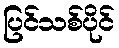
ပြင်သစ်ပိုင်